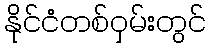
နိုင်ငံတစ်ဝှမ်းတွင်